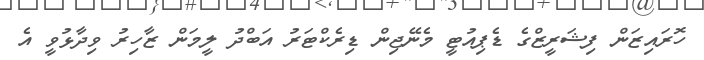
ހޮރައިޒަން ފިޝަރީޒްގެ ޑެޕިއުޓީ މެނޭޖިން ޑިރެކްޓަރު އަބްދު ލީމަން ޒާހިރު ވިދާޅުވީ އެ